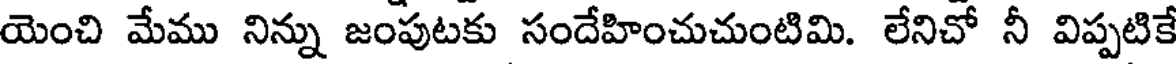
యెంచి మేము నిన్ను జంపుటకు సందేహించుచుంటిమి. లేనిచో నీ విప్పటికే